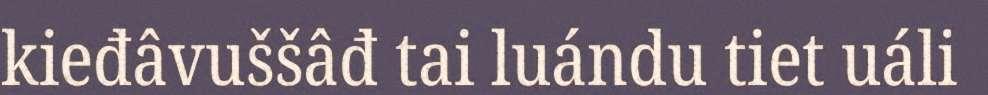
kieđâvuššâđ tai luándu tiet uáli